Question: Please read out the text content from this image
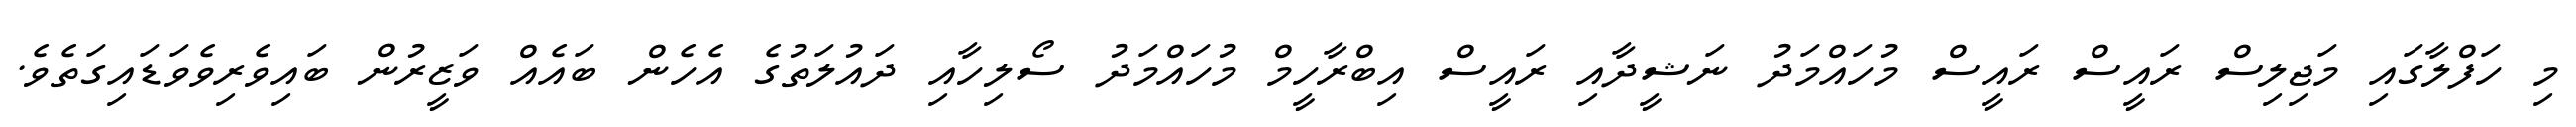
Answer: މި ހަފްލާގައި މަޖިލިސް ރައީސް ރައީސް މުހައްމަދު ނަޝީދާއި ރައީސް އިބްރާހީމް މުހައްމަދު ސޯލިހާއި ދައުލަތުގެ އެހެން ބައެއް ވަޒީރުން ބައިވެރިވެވަޑައިގަތެވެ.